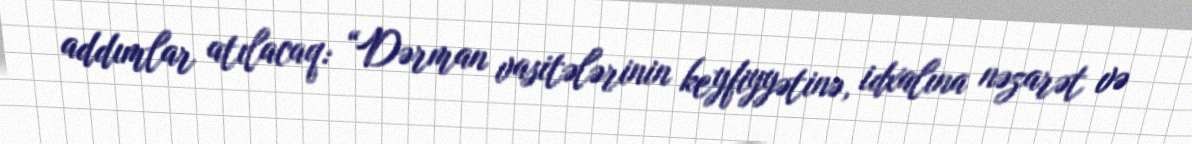
addımlar atılacaq: “Dərman vasitələrinin keyfiyyətinə, idxalına nəzarət və